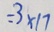
= 3 \times 1 7